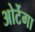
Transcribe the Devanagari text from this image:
ओर्टेगा